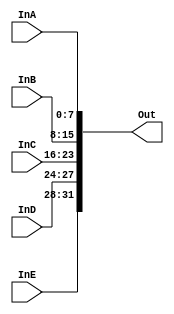
// Code your design here
module CONCATENATE(InA, InB, InC, InD, InE, Out);
  input[0:7] InA, InB, InC;
  input[0:3] InD, InE;
  output[0:31] Out;
  assign Out = {InE, InD, InC, InB, InA};
endmodule